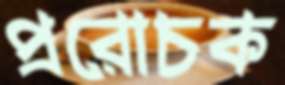
প্ররোচক